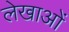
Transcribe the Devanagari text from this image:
लेखाओं